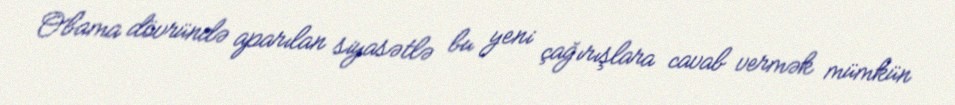
Obama dövründə aparılan siyasətlə bu yeni çağırışlara cavab vermək mümkün